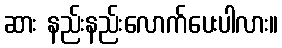
ဆား နည်းနည်းလောက်ပေးပါလား။